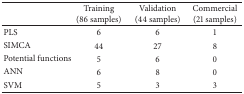
|  | Training (86 samples) | Validation (44 samples) | Commercial(21 samples) |
 | --- | --- | --- | --- |
 | PLS | 6 | 6 | 1 |
 | SIMCA | 44 | 27 | 8 |
 | Potential functions | 5 | 6 | 0 |
 | ANN | 6 | 8 | 0 |
 | SVM | 5 | 3 | 3 |